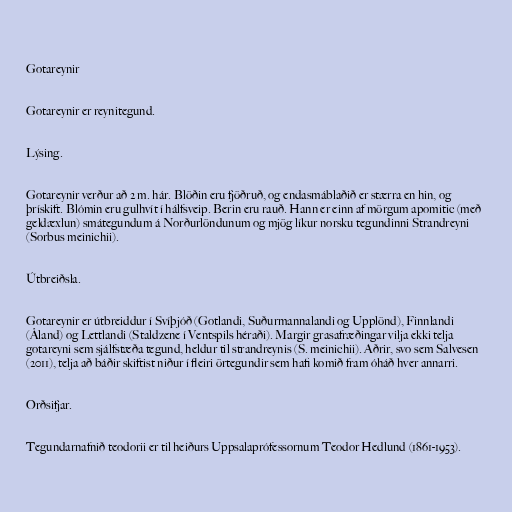
Gotareynir

Gotareynir er reynitegund.

Lýsing.

Gotareynir verður að 2 m. hár. Blöðin eru fjöðruð, og endasmáblaðið er stærra en hin, og
þrískift. Blómin eru gulhvít í hálfsveip. Berin eru rauð. Hann er einn af mörgum apomitic (með
geldæxlun) smátegundum á Norðurlöndunum og mjög líkur norsku tegundinni Strandreyni
(Sorbus meinichii).

Útbreiðsla.

Gotareynir er útbreiddur í Svíþjóð (Gotlandi, Suðurmannalandi og Upplönd), Finnlandi
(Åland) og Lettlandi (Staldzene í Ventspils héraði). Margir grasafræðingar vilja ekki telja
gotareyni sem sjálfstæða tegund, heldur til strandreynis (S. meinichii). Aðrir, svo sem Salvesen
(2011), telja að báðir skiftist niður í fleiri örtegundir sem hafi komið fram óháð hver annarri.

Orðsifjar.

Tegundarnafnið teodorii er til heiðurs Uppsalaprófessornum Teodor Hedlund (1861-1953).